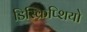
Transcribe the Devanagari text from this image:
डिस्क्रिप्शियो